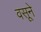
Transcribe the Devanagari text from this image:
वसूने